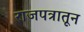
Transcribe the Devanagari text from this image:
राजपत्रातून